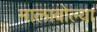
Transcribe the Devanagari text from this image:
मालावोल्या